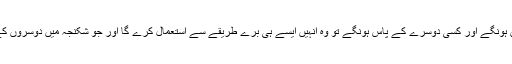
اختیارات کا ناجائز استعمال نہ کیا جائے صر ف یہ سوچ کر کہ کل کو جب یہ میرے پاس نہیں ہونگے اور کسی دوسرے کے پاس ہونگے تو وہ انہیں ایسے ہی برے طریقے سے استعمال کرے گا اور جو شکنجہ میں دوسروں کے گلے میں کستا ہوں وہ خاموش آہوں اور سسکیوں کی وجہ سے وقت میرے گرد کس دے گا ۔